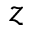
z